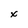
Character: X